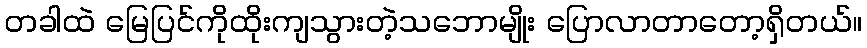
တခါထဲ မြေပြင်ကိုထိုးကျသွားတဲ့သဘောမျိုး ပြောလာတာတော့ရှိတယ်။